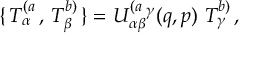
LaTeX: \{ \, T _ { \alpha } ^ { ( a } \, , \, T _ { \beta } ^ { b ) } \, \} = U _ { \alpha \beta } ^ { ( a } { } ^ { \gamma } ( q , p ) \, \, T _ { \gamma } ^ { b ) } \, ,